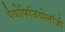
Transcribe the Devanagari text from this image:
पैथोफिजियोलॉजी